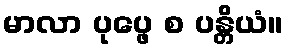
မာလာ ပုပ္ဖေ စ ပန္တိယံ။